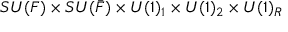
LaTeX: S U ( F ) \times S U ( \bar { F } ) \times U ( 1 ) _ { 1 } \times U ( 1 ) _ { 2 } \times U ( 1 ) _ { R }